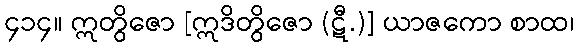
၄၁၄။ ဣတွိဇော [ဣဒိတွိဇော (ဋီ.)] ယာဇကော စာထ၊